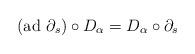
LaTeX: \begin{align*}(\mathrm{ad}\ \partial_s)\circ D_\alpha=D_\alpha\circ \partial_s\end{align*}